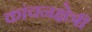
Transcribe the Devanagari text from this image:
कांचनक्षेत्री